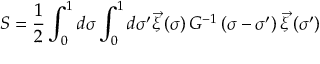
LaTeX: S = \frac { 1 } { 2 } \int _ { 0 } ^ { 1 } d \sigma \int _ { 0 } ^ { 1 } d \sigma ^ { \prime } \vec { \xi } \left( \sigma \right) G ^ { - 1 } \left( \sigma - \sigma ^ { \prime } \right) \vec { \xi } \left( \sigma ^ { \prime } \right)